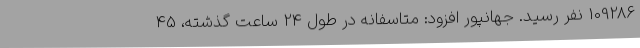
109286 نفر رسید. جهانپور افزود: متاسفانه در طول 24 ساعت گذشته، 45